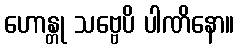
ဟောန္တု သဗ္ဗေပိ ပါဏိနော။